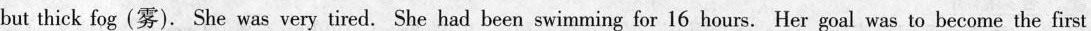
but thick fog (雾). She was very tired. She had been swimming for 16 hours. Her goal was to become the first